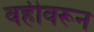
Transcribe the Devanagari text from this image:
वहीवरून